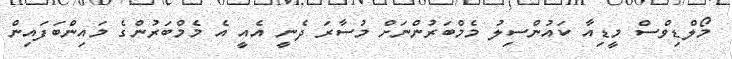
މޯލްޑިވްސް މީޑިއާ ކައުންސިލު މެމްބަރުންނަށް މުސާރަ ދެނީ އެއީ އެ މެމްބަރުންގެ މައިންބަފައިން